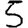
Digit: 5